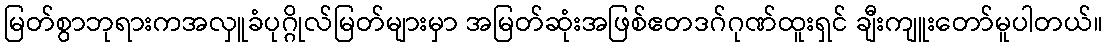
မြတ်စွာဘုရားကအလှူခံပုဂ္ဂိုလ်မြတ်များမှာ အမြတ်ဆုံးအဖြစ်ဧတဒဂ်ဂုဏ်ထူးရှင် ချီးကျူးတော်မူပါတယ်။